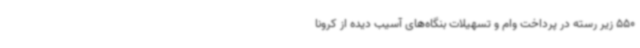
550 زیر رسته در پرداخت وام و تسهیلات بنگاه‌های آسیب دیده از کرونا